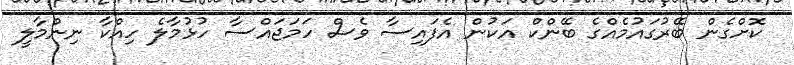
ކޮށްގެން ބޭރުގައުމެއްގެ ބޭންކް އަކުން އެފައިސާ ވެސް ހަމަޖައްސާ ހުޅުމާލެ ހިއްކާ ނިންމާލީ